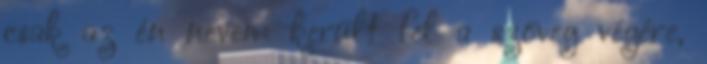
csak az én nevem került fel a szöveg végére,